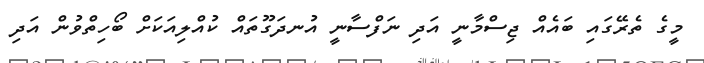
މީގެ ތެރޭގައި ބައެއް ޖިސްމާނީ އަދި ނަފްސާނީ އުނދަގޫތައް ކުއްލިއަކަށް ބޯހިތްވުން އަދި